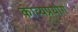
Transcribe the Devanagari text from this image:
काव्यप्रयोग